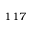
^ { 1 1 7 }